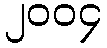
၂၀၀၄